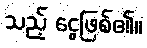
သည့် ငွေဖြစ်၏။